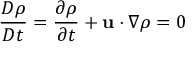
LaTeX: { \frac { D \rho } { D t } } = { \frac { \partial \rho } { \partial t } } + \mathbf { u } \cdot \nabla \rho = 0